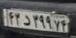
۴۳د۳۹۹۷۴